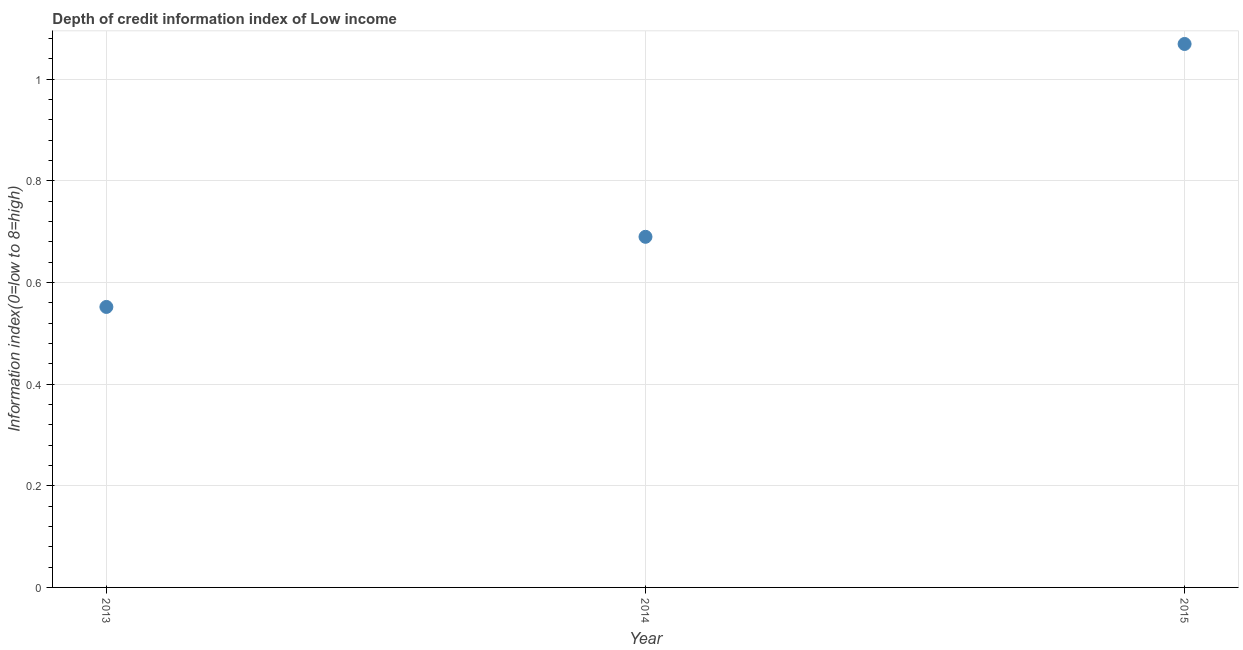
| Year | Depth of credit information index |
 | --- | --- |
 | 2013 | 0.552 |
 | 2014 | 0.69 |
 | 2015 | 1.07 |